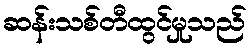
ဆန်းသစ်တီထွင်မှုသည်